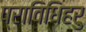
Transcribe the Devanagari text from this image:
प्राविधिहरु